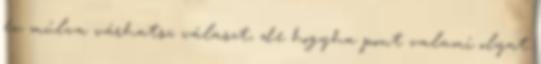
év múlva várhatsz választ, de hogyha pont valami olyat